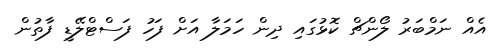
އެއް ނަމްބަރު ލޯންޗް ކޮޅުގައި ދިން ހަމަލާ އަށް ފަހު ފަސްޓްލޭޑީ ފާތުން